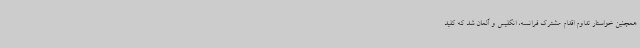
همچنین خواستار تداوم اقدام مشترک فرانسه، انگلیس و آلمان شد که کلید